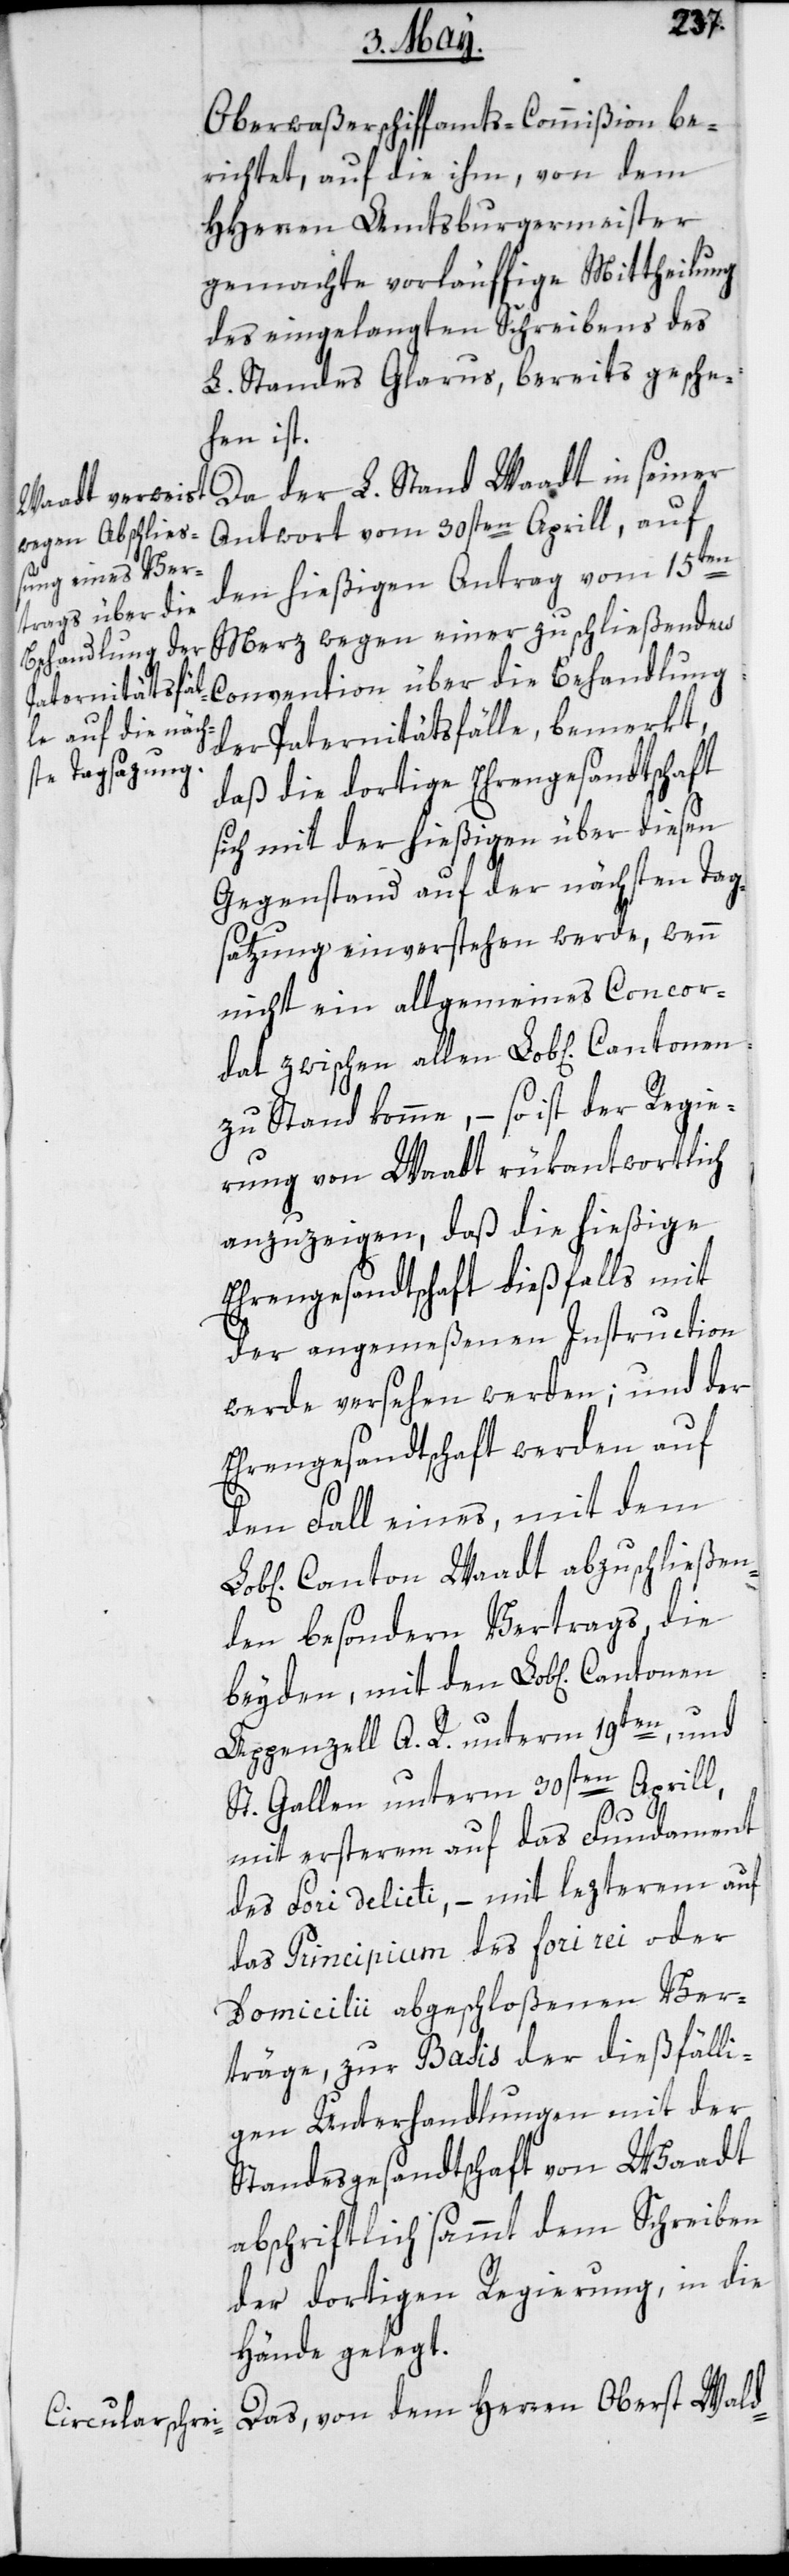
Oberwaßerschiffamts-Commißion be¬
richtet, auf die ihm, von dem
HHerren Amtsburgermeister
gemachte vorläuffige Mittheilung
des eingelangten Schreibens des
L. Standes Glarus, bereits gesche¬
hen ist.
Da der L. Stand Waadt in seiner
Antwort vom 30sten Aprill, auf
den hießigen Antrag vom 15ten
Merz wegen einer zu schließenden
Convention über die Behandlung
der Paternitätsfälle, bemerkt,
daß die dortige Ehrengesandtschaft
sich mit der hießigen über diesen
Gegenstand auf der nächsten Tag¬
satzung einverstehen werde, wenn
nicht ein allgemeines Concor¬
dat zwischen allen Lob[lichen] Cantonen
zu Stand komme, – so ist der Regie¬
rung von Waadt rükantwortlich
anzuzeigen, daß die hießige
Ehrengesandtschaft dießfalls mit
der angemeßenen Instruction
werde versehen werden; und der
Ehrengesandtschaft werden auf
den Fall eines, mit dem
Canton Waadt abzuschließen¬
den besondern Vertrags, die
beyden, mit den Lob[lichen]
Appenzell A. R. unterm 19ten, und
St. Gallen unterm 30sten Aprill,
mit ersterem auf das Fundament
des Fori delicti, – mit lezterem auf
das Principium des fori rei oder
Domicilii abgeschloßenen Ver¬
träge, zur Basis der dießfälli¬
gen Unterhandlungen mit der
Standesgesandtschaft von Waadt
abschriftlich sammt dem Schreiben
der dortigen Regierung, in die
Hände gelegt.
Das, von dem Herren Oberst Wald-